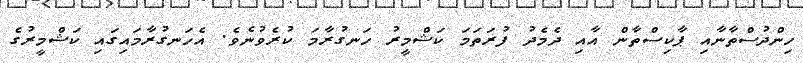
ހިންދުސްތާނާއި ޕާކިސްތާން އާއި ދެމެދު ފުރަތަމަ ކަޝްމީރު ހަނގުރާމަ ކުރެވުނެވެ. އެހަނގުރާމައިގައި ކަޝްމީރުގެ